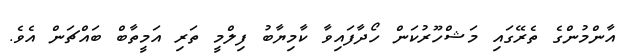
އާންމުންގެ ތެރޭގައި މަޝްހޫރުކަން ހޯދާފައިވާ ކާމިޔާބު ފިލްމީ ތަރި އަމީތާބް ބައްޗަން އެވެ.